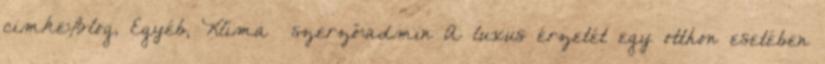
cimke:Blog, Egyéb, Klíma szerző:admin A luxus érzetét egy otthon esetében